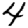
Digit: 4